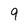
Character: 9